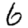
Digit: 6